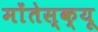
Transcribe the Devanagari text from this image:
मोंतेस्क्यू